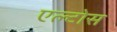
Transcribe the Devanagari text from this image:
एल्टोस